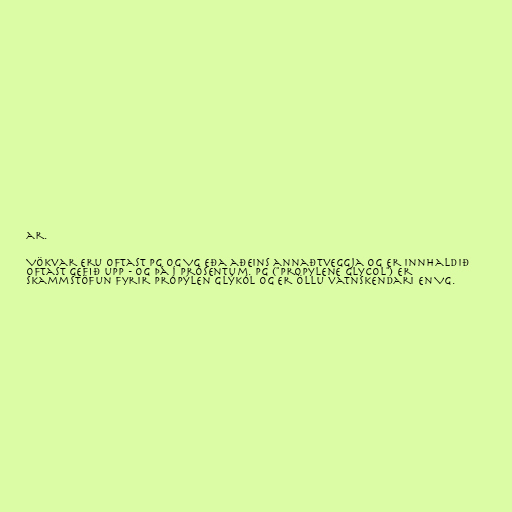
ar.

Vökvar eru oftast PG og VG eða aðeins annaðtveggja og er innhaldið
oftast gefið upp - og þá í prósentum. PG ("propylene glycol") er
skammstöfun fyrir própýlen glýkól og er öllu vatnskendari en VG.